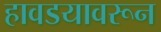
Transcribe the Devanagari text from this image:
हावडयावरून